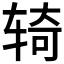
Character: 𫐎